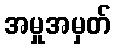
အမှုအမှတ်